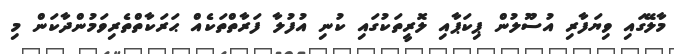
މާލޭގައި ވިޔަފާރި އުސޫލުން ޕިކަޕާއި ލޮރީތަކުގައި ކުނި އުފުލާ ފަރާތްތަކެއް ޙަރަކާތްތެރިވަމުންދާކަން މި